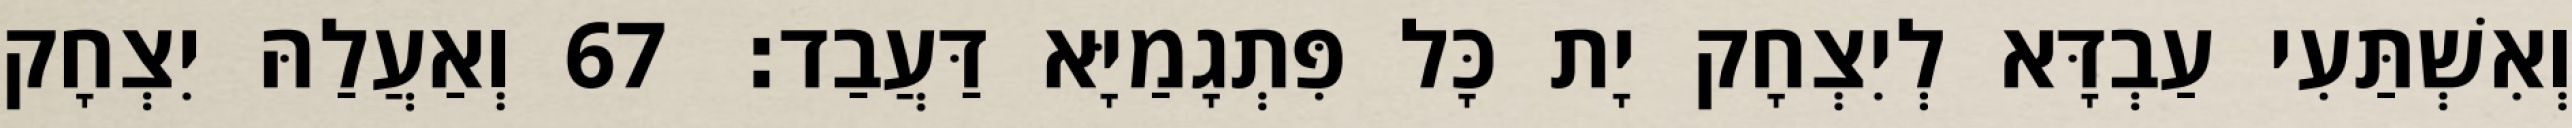
וְאִשְׁתַּעִי עַבְדָּא לְיִצְחָק יָת כָּל פִּתְגָמַיָּא דַּעֲבַד׃ 67 וְאַעֲלַהּ יִצְחָק